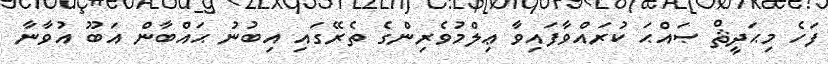
ފަހެ މިޙަދީޘް ޞައްޙަ ކުރައްވާފައިވާ ޢިލްމުވެރިންގެ ތެރޭގައި އިބުނު ޙައްބާން އަބޫ އުވާނާ